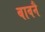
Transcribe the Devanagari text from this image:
बावनै